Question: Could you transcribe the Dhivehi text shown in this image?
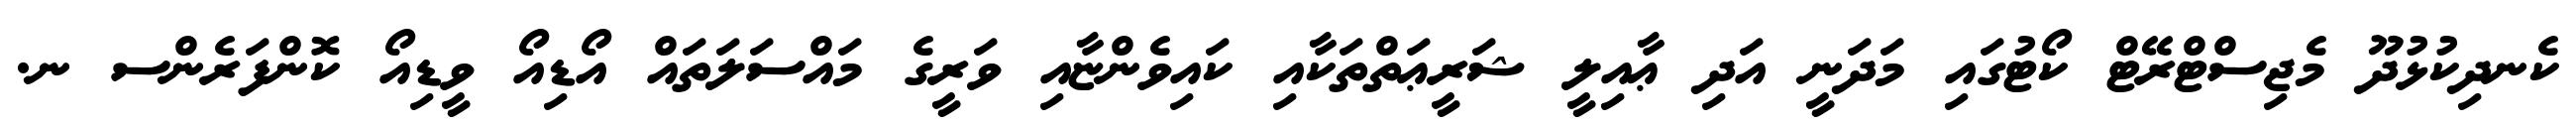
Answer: ކެނދިކުޅުދޫ މެޖިސްޓްރޭޓް ކޯޓުގައި މަދަނީ އަދި ޢާއިލީ ޝަރީޢަތްތަކާއި ކައިވެންޏާއި ވަރީގެ މައްސަލަތައް އޯޑިއޯ ވީޑިއޯ ކޮންފަރެންސ ނ.